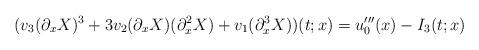
LaTeX: \begin{align*}(v_3(\partial_xX)^3+3v_2(\partial_xX)(\partial^2_xX)+v_1(\partial^3_xX))(t;x)=u^{\prime\prime\prime}_0(x)-I_3(t;x)\end{align*}